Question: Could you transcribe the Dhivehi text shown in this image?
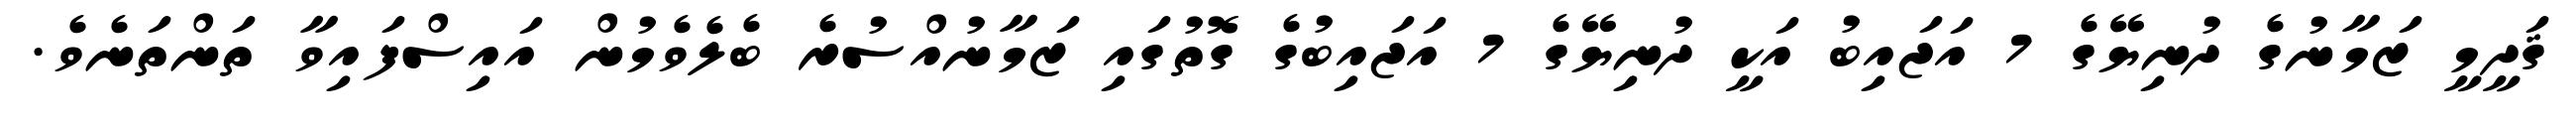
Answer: ޤަދީމީ ޒަމާނުގެ ދުނިޔޭގެ 7 އަޖައިބު އަކީ ދުނިޔޭގެ 7 އަޖައިބުގެ ގޮތުގައި ޒަމާނުއްސުރެ ބެލެވެމުން އައިސްފައިވާ ތަންތަނެވެ.